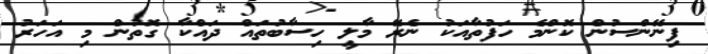
ފިނޭންސުން ކޮންމެ ހަފުތާއަކު ނެރޭ މާލީ ހިސާބުތައް ދައްކާ ގޮތުން މި އަހަރު